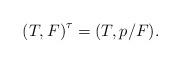
LaTeX: \begin{align*}{(T,F)}^\tau=(T,p/F).\end{align*}